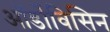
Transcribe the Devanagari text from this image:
ऑर्डोविसिन